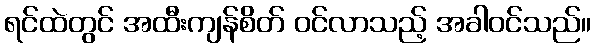
ရင်ထဲတွင် အထီးကျန်စိတ် ဝင်လာသည့် အခါဝင်သည်။